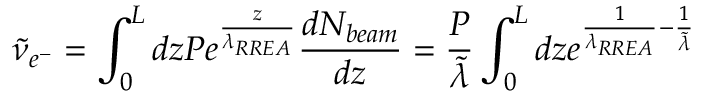
\widetilde { \nu } _ { e ^ { - } } = \int _ { 0 } ^ { L } d z P e ^ { \frac { z } { \lambda _ { R R E A } } } \frac { d N _ { b e a m } } { d z } = \frac { P } { \widetilde { \lambda } } \int _ { 0 } ^ { L } d z e ^ { \frac { 1 } { \lambda _ { R R E A } } - \frac { 1 } { \widetilde { \lambda } } }